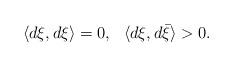
LaTeX: \begin{align*}\langle d\xi,d\xi\rangle=0,~~\langle d\xi,d\bar\xi\rangle>0.\end{align*}